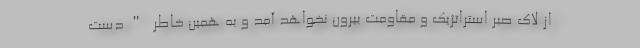
از لاک صبر استراتژیک و مقاومت بیرون نخواهد آمد و به همین خاطر "دست